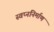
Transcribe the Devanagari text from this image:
स्वप्ननिर्माण